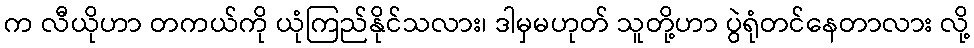
က လီယိုဟာ တကယ်ကို ယုံကြည်နိုင်သလား၊ ဒါမှမဟုတ် သူတို့ဟာ ပွဲရုံတင်နေတာလား လို့